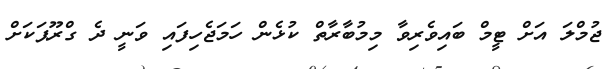
ޖުމްލަ އަށް ޓީމް ބައިވެރިވާ މިމުބާރާތް ކުޅެން ހަމަޖެހިފައި ވަނީ ދެ ގްރޫޕަކަށް